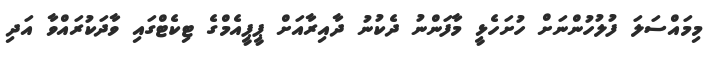
މިމައްސަލަ ފުލުހުންނަށް ހުށަހެޅީ މާފަންނު ދެކުނު ދާއިރާއަށް ޕީޕީއެމްގެ ޓިކެޓްގައި ވާދަކުރައްވާ އަދި